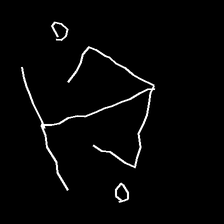
Glyph: earth